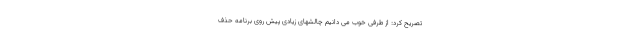
تصریح کرد: از طرفی خوب می دانیم چالشهای زیادی پیش روی برنامه حذف